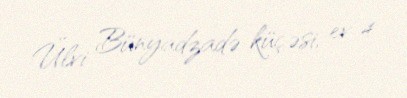
Ülvi Bünyadzadə küçəsi, ev 4